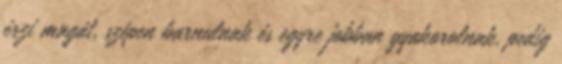
érzi magát, szépen barnulnak és egyre jobban gyakorolnak, pedig